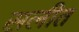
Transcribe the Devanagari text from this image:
सलीत